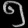
Digit: ၅